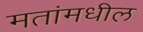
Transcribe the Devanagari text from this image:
मतांमधील